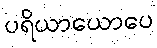
ပရိယာယောပေ